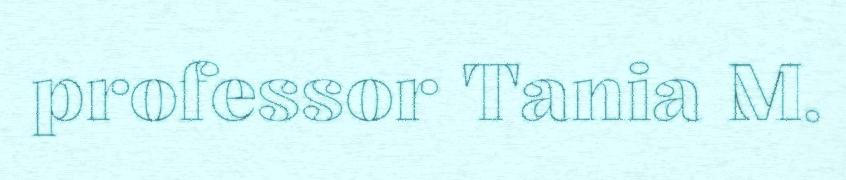
professor Tania M.